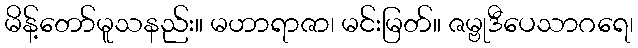
မိန့်တော်မူသနည်း။ မဟာရာဇာ၊ မင်းမြတ်။ ဇမ္ဗုဒီပေသာဂရေ၊